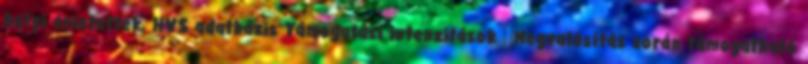
helyi érintettek, HVS adatbázis Támogatási intenzitások ▪Megvalósítás során támogatható